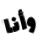
وأنا